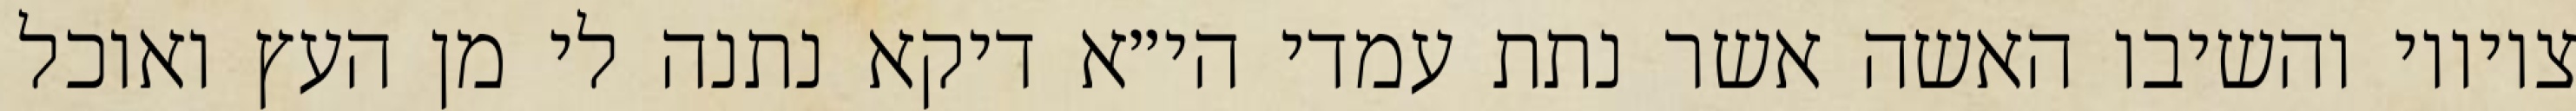
ציוויו והשיבו האשה אשר נתת עמדי הי״א דיקא נתנה לי מן העץ ואוכל